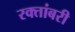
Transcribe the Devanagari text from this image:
रक्तांबरी